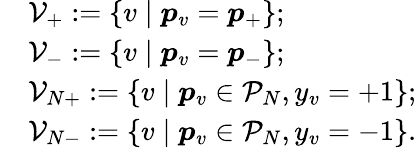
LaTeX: \begin{array}{rl}&{\mathcal{V}_{+}:=\{ v\mid{\boldsymbol p}_{v}={\boldsymbol p}_{+}\} ;}\\ &{\mathcal{V}_{-}:=\{ v\mid{\boldsymbol p}_{v}={\boldsymbol p}_{-}\} ;}\\ &{\mathcal{V}_{N+}:=\{ v\mid{\boldsymbol p}_{v}\in\mathcal{P}_{N},y_{v}=+1\} ;}\\ &{\mathcal{V}_{N-}:=\{ v\mid{\boldsymbol p}_{v}\in\mathcal{P}_{N},y_{v}=-1\} .}\end{array}